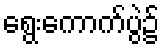
ရွေးကောက်ပွဲ၌